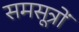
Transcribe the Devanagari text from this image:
समसूत्रों